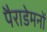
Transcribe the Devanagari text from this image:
पैराडेमनों